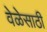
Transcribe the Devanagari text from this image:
वेळेसाठी